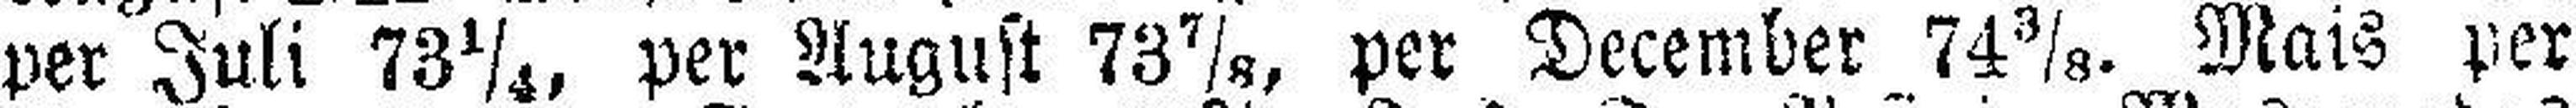
per Juli 73¼, per August 73⅞, per December 74⅜. Mais per